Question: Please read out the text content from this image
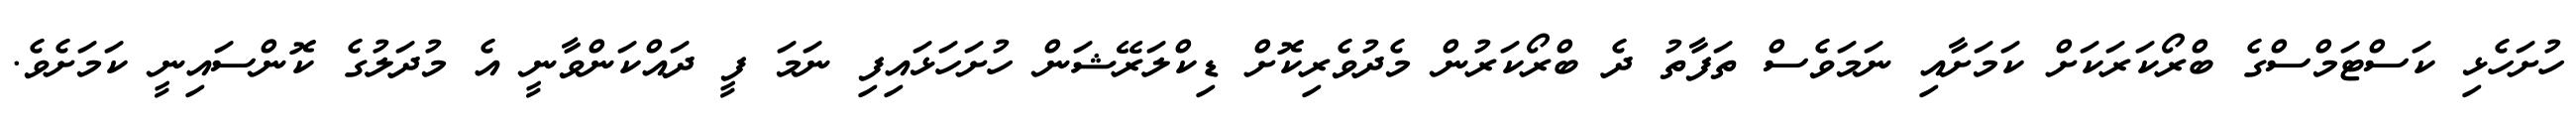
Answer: ހުށަހެޅި ކަސްޓަމްސްގެ ބްރޯކަރަކަށް ކަމަށާއި ނަމަވެސް ތަފާތު ދެ ބްރޯކަރުން މެދުވެރިކޮށް ޑިކްލަރޭޝަން ހުށަހަޅައިފި ނަމަ ފީ ދައްކަންވާނީ އެ މުދަލުގެ ކޮންސައިނީ ކަމަށެވެ.